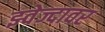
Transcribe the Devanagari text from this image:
झ्वेज्दावर